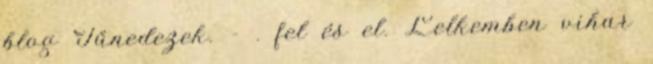
blog Tűnedezek. - . fel és el. Lelkemben vihar